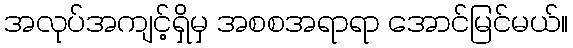
အလုပ်အကျင့်ရှိမှ အစစအရာရာ အောင်မြင်မယ်။